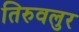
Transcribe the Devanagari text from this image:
तिरुवलुर